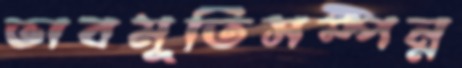
ভাবমূর্তিসম্পন্ন